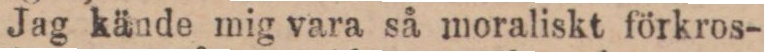
Jag kände mig vara så moraliskt förkros-